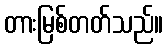
တားမြစ်တတ်သည်။